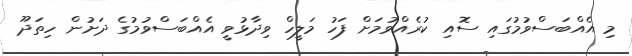
މި އެއްބަސްވުމުގައި ސޮއި ކުރެއްވުމަށް ފަހު މަލީހް ވިދާޅުވީ އެއްބަސްވުމުގެ ދަށުން ހިތަދޫ